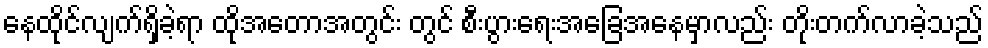
နေထိုင်လျက်ရှိခဲ့ရာ ထိုအတောအတွင်း တွင် စီးပွားရေးအခြေအနေမှာလည်း တိုးတက်လာခဲ့သည်